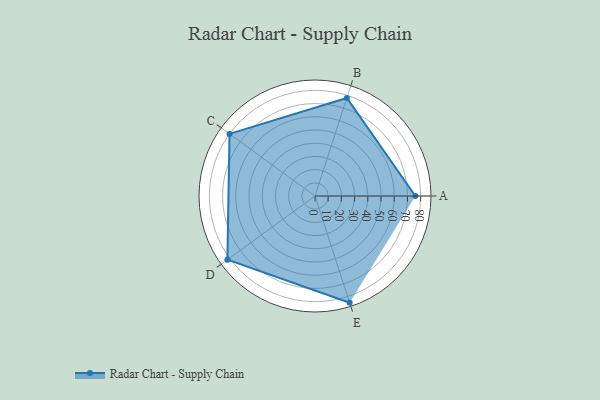
{"axis": {"x": "Skill", "y": "Score"}, "legend": ["Profile"], "data": [{"x": "A", "y": 76.0, "type": "Profile"}, {"x": "B", "y": 78.0, "type": "Profile"}, {"x": "C", "y": 80.0, "type": "Profile"}, {"x": "D", "y": 82.0, "type": "Profile"}, {"x": "E", "y": 85.0, "type": "Profile"}]}